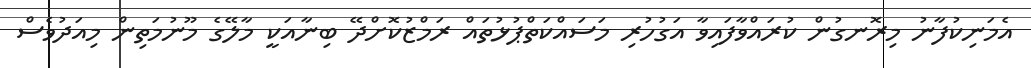
އެމަނިކުފާނު މިރޮނގުން ކުރައްވާފައިވާ އަގުހުރި މަސައްކަތްޕުޅުތައް ރަމްޒުކޮށްދޭ ބިނާއަކީ މާލޭގެ މޫނުމަތިން މިއަދުވެސް